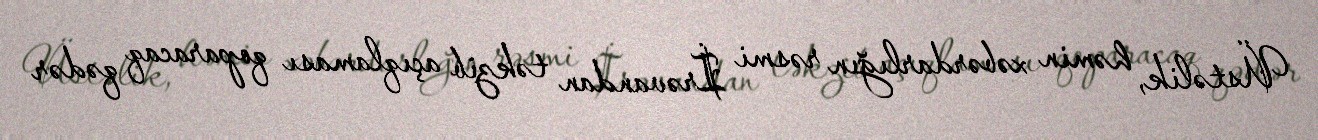
Üstəlik, həmin xəbərdarlığın rəsmi İrəvandan təkzib açıqlaması qoparacaq qədər